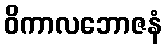
ဝိကာလဘောဇနံ